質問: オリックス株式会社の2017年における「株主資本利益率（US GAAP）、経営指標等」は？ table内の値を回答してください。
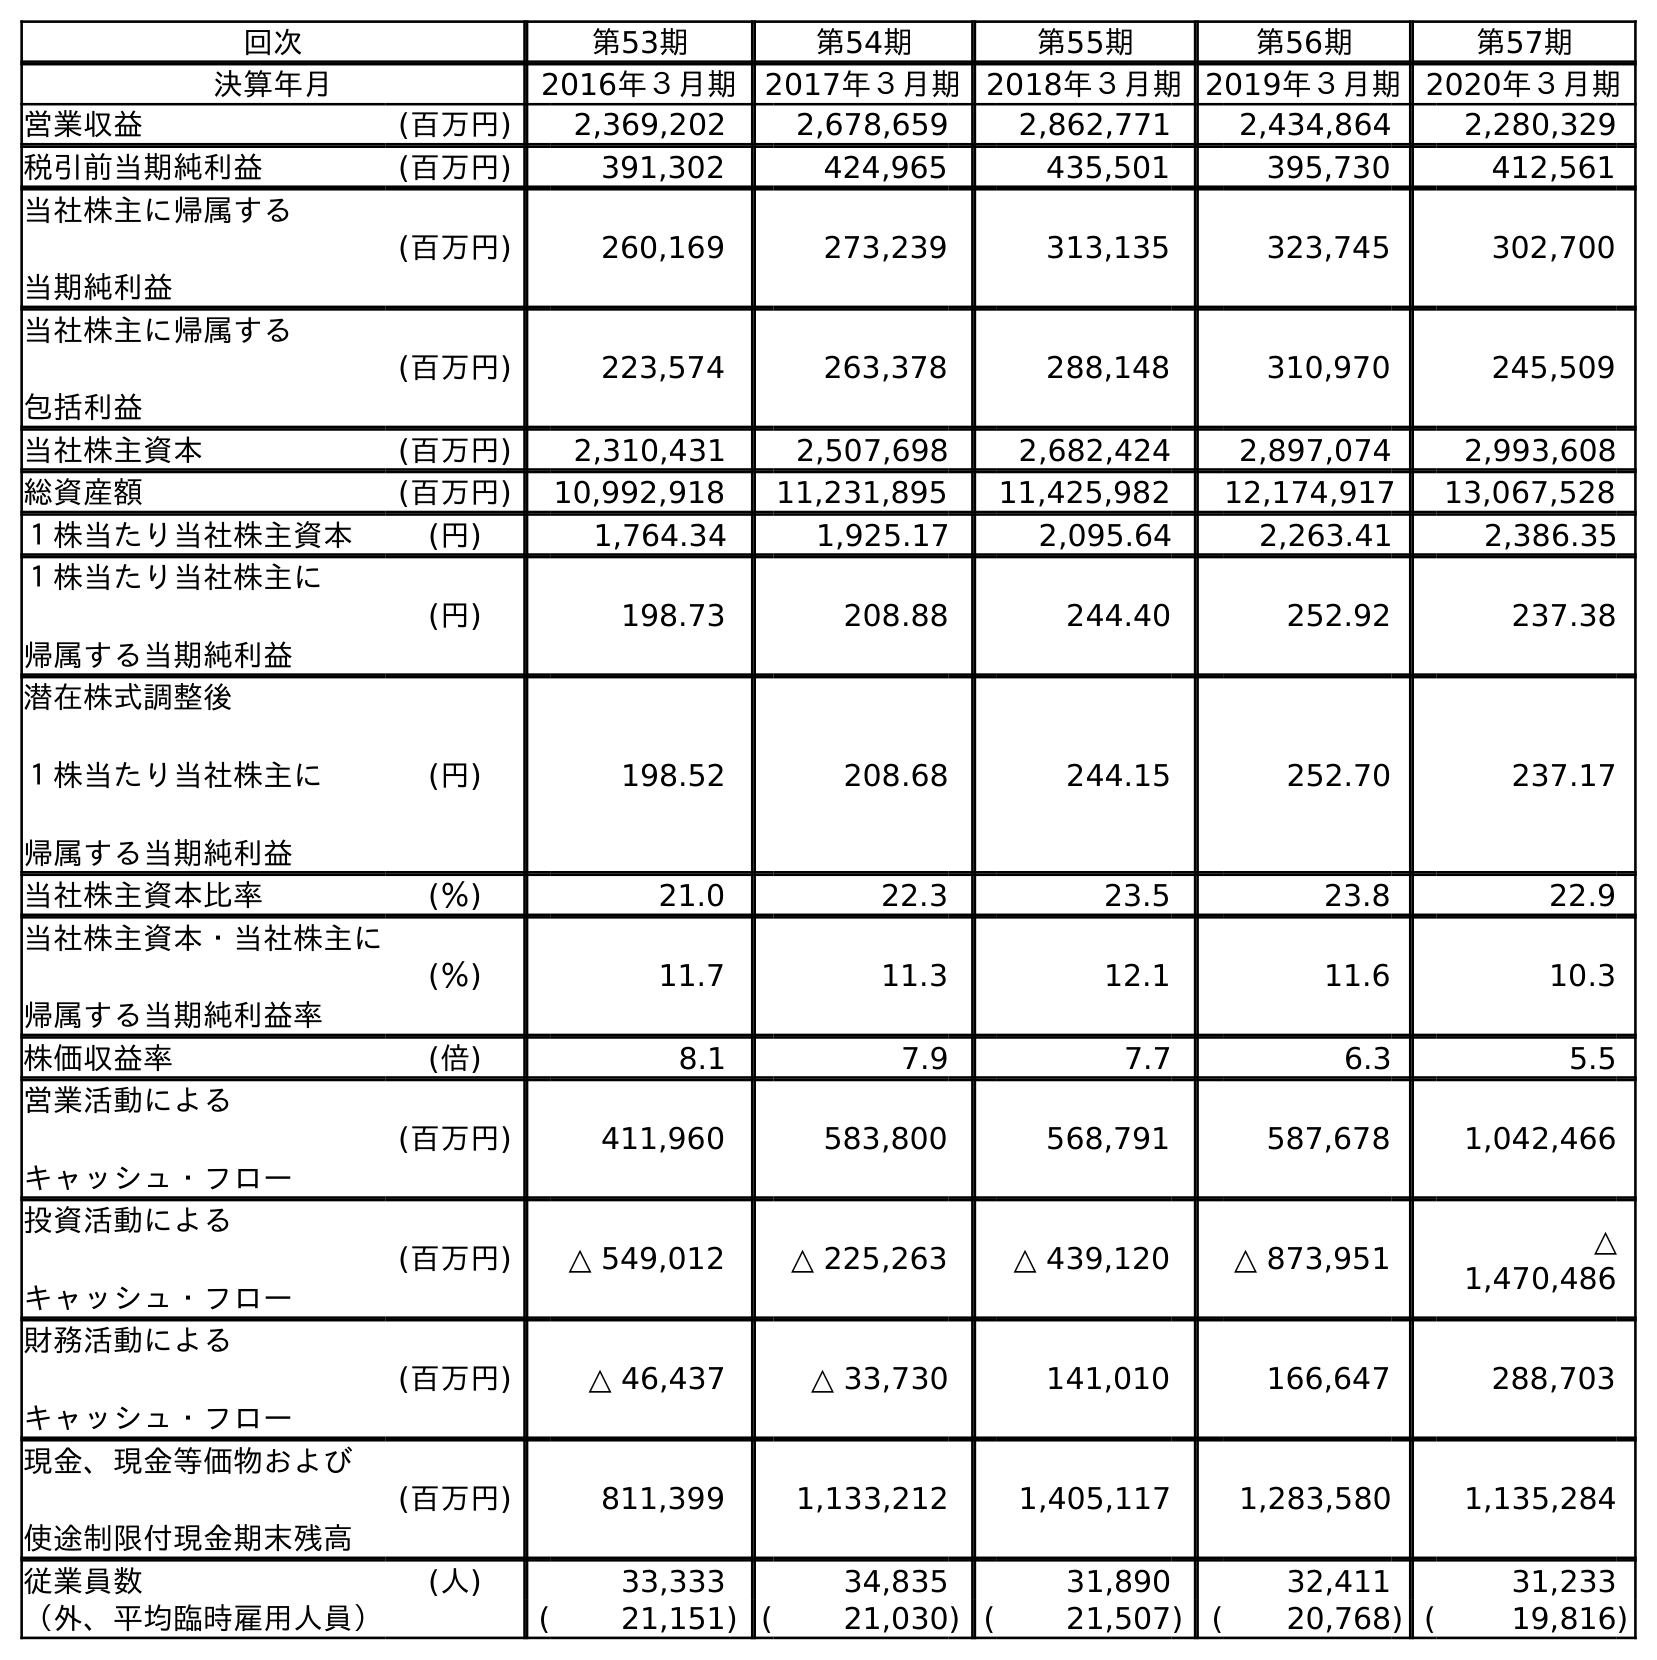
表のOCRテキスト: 回次 第53期 第54期 第55期 第56期 第57期 決算年月 2016年３月期 2017年３月期 2018年３月期2019年３月期2020年３月期 営業収益 (百万円) 2,369,202 2,678,659 2,862,771 2,434,864 2,280,329 税引前当期純利益 (百万円) 391,302 424,965 435,501 395,730 412,561 当社株主に帰属する 当期純利益 (百万円) 260,169 273,239 313,135 323,745 302,700 当社株主に帰属する 包括利益 (百万円) 223,574 263,378 288,148 310,970 245,509 当社株主資本 (百万円) 2,310,431 2,507,698 2,682,424 2,897,074 2,993,608 総資産額 (百万円) 10,992,918 11,231,895 11,425,982 12,174,917 13,067,528 １株当たり当社株主資本 (円) 1,764.34 1,925.17 2,095.64 2,263.41 2,386.35 １株当たり当社株主に 帰属する当期純利益 (円) 198.73 208.88 244.40 252.92 237.38 潜在株式調整後 １株当たり当社株主に 帰属する当期純利益 (円) 198.52 208.68 244.15 252.70 237.17 当社株主資本比率 (％) 21.0 22.3 23.5 23.8 22.9 当社株主資本・当社株主に 帰属する当期純利益率 (％) 11.7 11.3 12.1 11.6 10.3 株価収益率 (倍) 8.1 7.9 7.7 6.3 5.5 営業活動による キャッシュ・フロー (百万円) 411,960 583,800 568,791 587,678 1,042,466 投資活動による キャッシュ・フロー (百万円) △ 549,012 △ 225,263 △ 439,120 △ 873,951 △ 1,470,486 財務活動による キャッシュ・フロー (百万円) △ 46,437 △ 33,730 141,010 166,647 288,703 現金、現金等価物および 使途制限付現金期末残高 (百万円) 811,399 1,133,212 1,405,117 1,283,580 1,135,284 従業員数 (人) 33,333 34,835 31,890 32,411 31,233 （外、平均臨時雇用人員） ( 21,151) ( 21,030) ( 21,507) ( 20,768) ( 19,816)
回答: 11.3